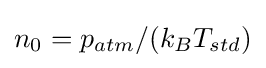
{\textstyle n_{0}=p_{atm}/(k_{B}T_{std})}